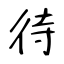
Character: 待